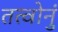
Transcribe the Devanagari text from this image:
तत्वोनुं